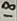
Text: 18